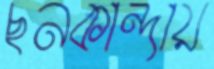
ছনকান্দায়